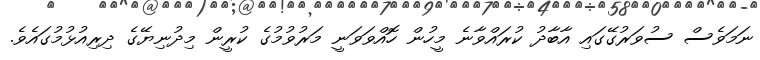
ނަމަވެސް ސުވަރުގޭގައި އާބާދު ކުރައްވާނެ މީހުން ހޮއްވަވަނީ މަރުވުމުގެ ކުރީން މިދުނިޔޭގެ ދިރިއުޅުމުގައެވެ.